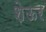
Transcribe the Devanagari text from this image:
शेऊर